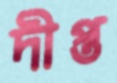
দীপ্ত